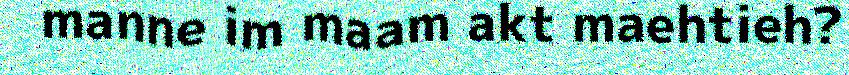
manne im maam akt maehtieh?